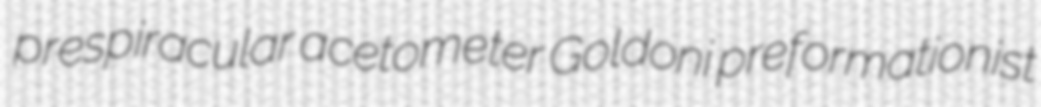
prespiracular acetometer Goldoni preformationist